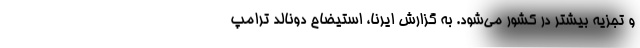
و تجزیه بیشتر در کشور می‌شود. به گزارش ایرنا، استیضاح دونالد ترامپ